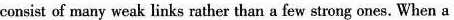
consist of many weak links rather than a few strong ones. When a